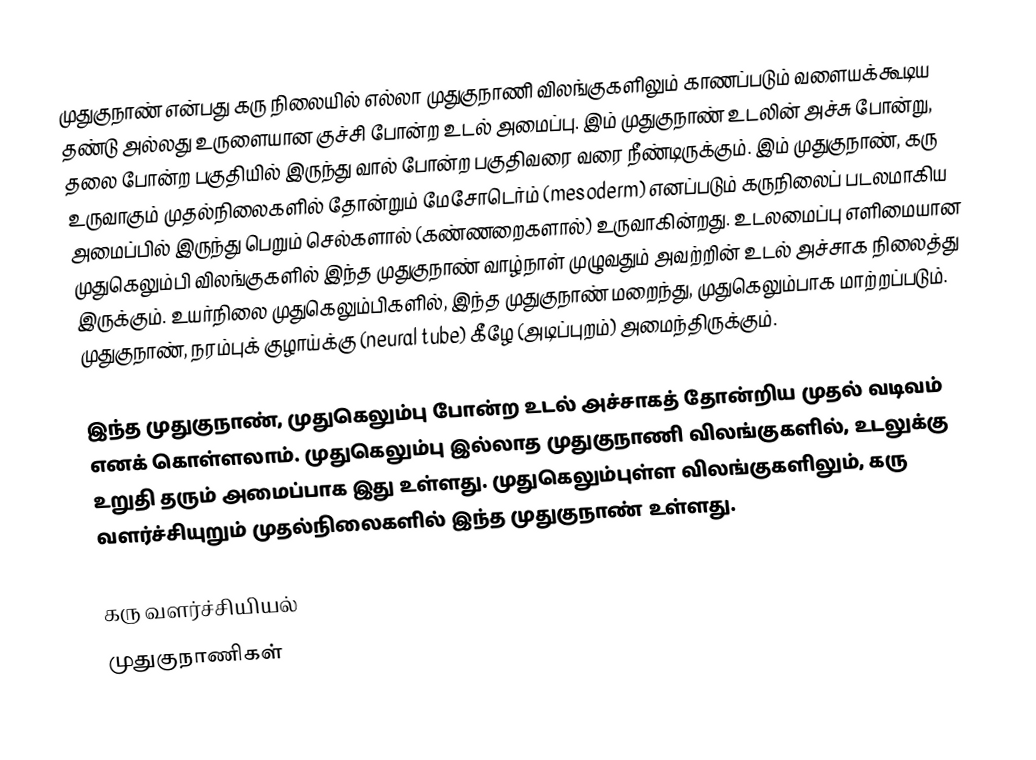
முதுகுநாண் என்பது கரு நிலையில் எல்லா முதுகுநாணி விலங்குகளிலும் காணப்படும் வளையக்கூடிய தண்டு அல்லது உருளையான குச்சி போன்ற உடல் அமைப்பு. இம் முதுகுநாண் உடலின் அச்சு போன்று, தலை போன்ற பகுதியில் இருந்து வால் போன்ற பகுதிவரை வரை நீண்டிருக்கும். இம் முதுகுநாண், கரு உருவாகும் முதல்நிலைகளில் தோன்றும் மேசோடெர்ம் (mesoderm) எனப்படும் கருநிலைப் படலமாகிய அமைப்பில் இருந்து பெறும் செல்களால் (கண்ணறைகளால்) உருவாகின்றது. உடலமைப்பு எளிமையான முதுகெலும்பி விலங்குகளில் இந்த முதுகுநாண் வாழ்நாள் முழுவதும் அவற்றின் உடல் அச்சாக நிலைத்து இருக்கும். உயர்நிலை முதுகெலும்பிகளில், இந்த முதுகுநாண் மறைந்து, முதுகெலும்பாக மாற்றப்படும். முதுகுநாண், நரம்புக் குழாய்க்கு (neural tube) கீழே (அடிப்புறம்) அமைந்திருக்கும்.

இந்த முதுகுநாண், முதுகெலும்பு போன்ற உடல் அச்சாகத் தோன்றிய முதல் வடிவம் எனக் கொள்ளலாம். முதுகெலும்பு இல்லாத முதுகுநாணி விலங்குகளில், உடலுக்கு உறுதி தரும் அமைப்பாக இது உள்ளது. முதுகெலும்புள்ள விலங்குகளிலும், கரு வளர்ச்சியுறும் முதல்நிலைகளில் இந்த முதுகுநாண் உள்ளது.

கரு வளர்ச்சியியல்
முதுகுநாணிகள்